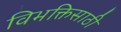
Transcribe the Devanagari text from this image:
विभक्तिसाठी